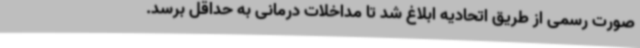
صورت رسمی از طریق اتحادیه ابلاغ شد تا مداخلات درمانی به حداقل برسد.